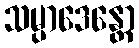
သမ္ပာဒေန္တော